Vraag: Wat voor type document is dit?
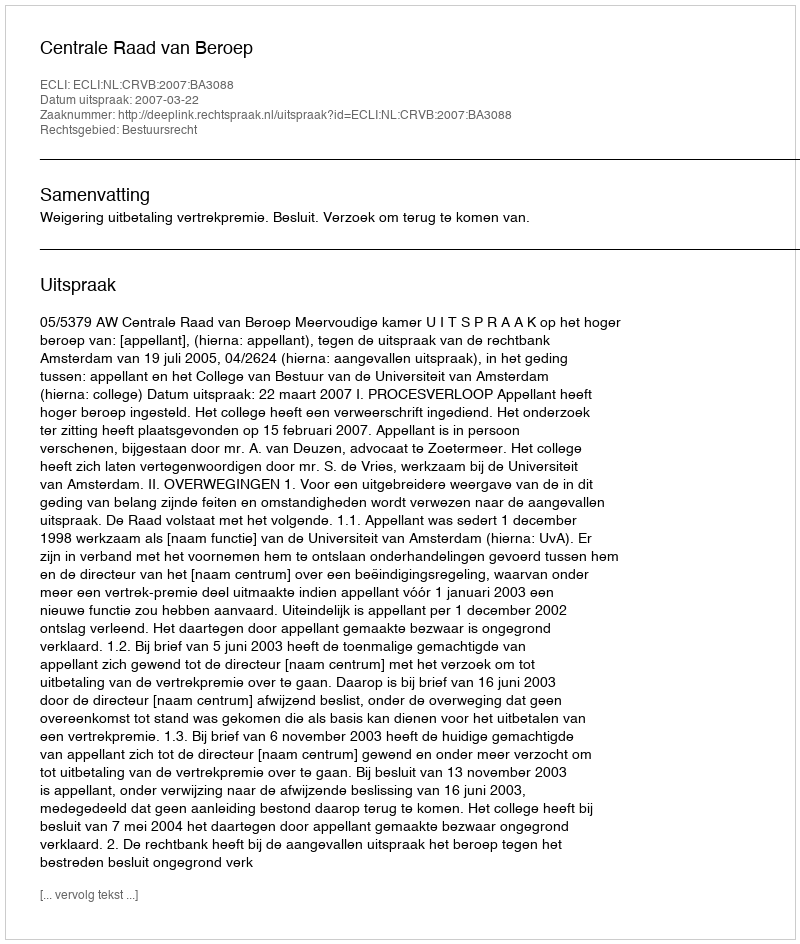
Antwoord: Uitspraak